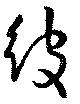
彼